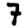
Digit: 7